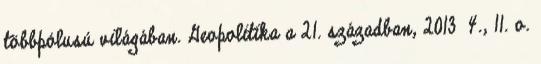
többpólusú világában. Geopolitika a 21. században, 2013 4., 11. o.